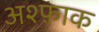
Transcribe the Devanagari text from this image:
अश्फ़ाक